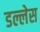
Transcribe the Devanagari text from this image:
डल्लेस